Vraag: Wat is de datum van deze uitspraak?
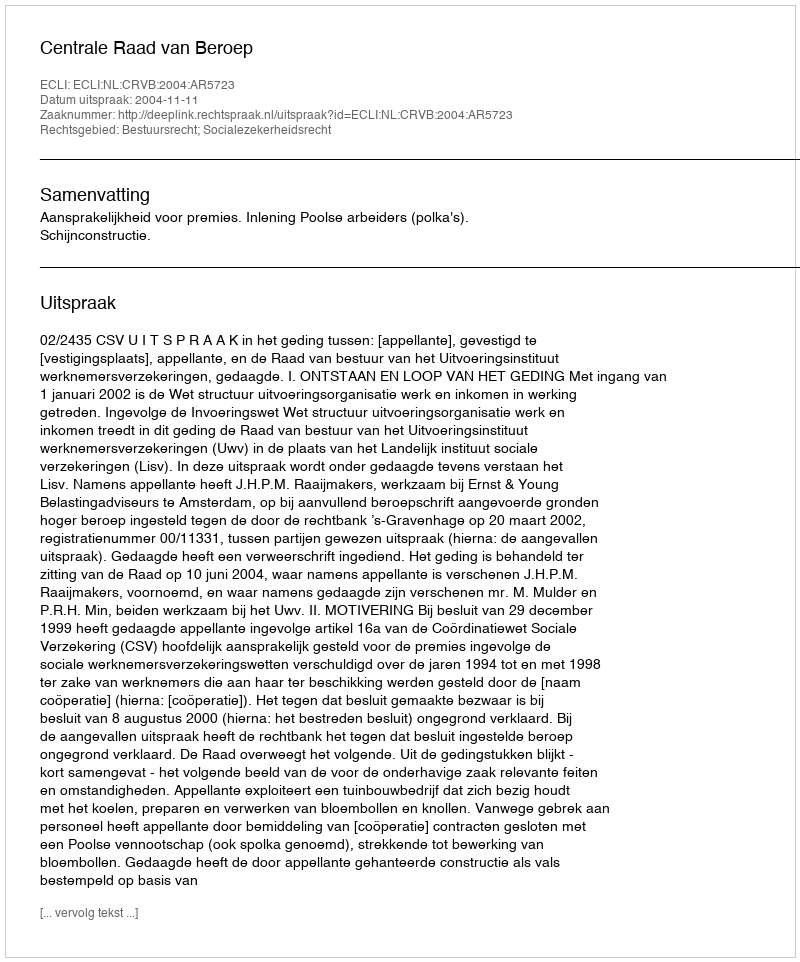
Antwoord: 2004-11-11